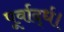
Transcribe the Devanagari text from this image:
पूर्वार्द्ध।